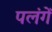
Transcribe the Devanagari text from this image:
पलंगें